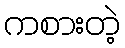
ကစားတဲ့